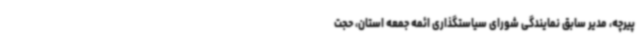
پیرچه، مدیر سابق نمایندگی شورای سیاستگذاری ائمه‌ جمعه استان، حجت